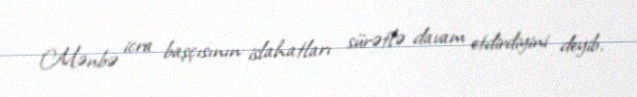
Mənbə icra başçısının islahatları sürətlə davam etdirdiyini deyib.